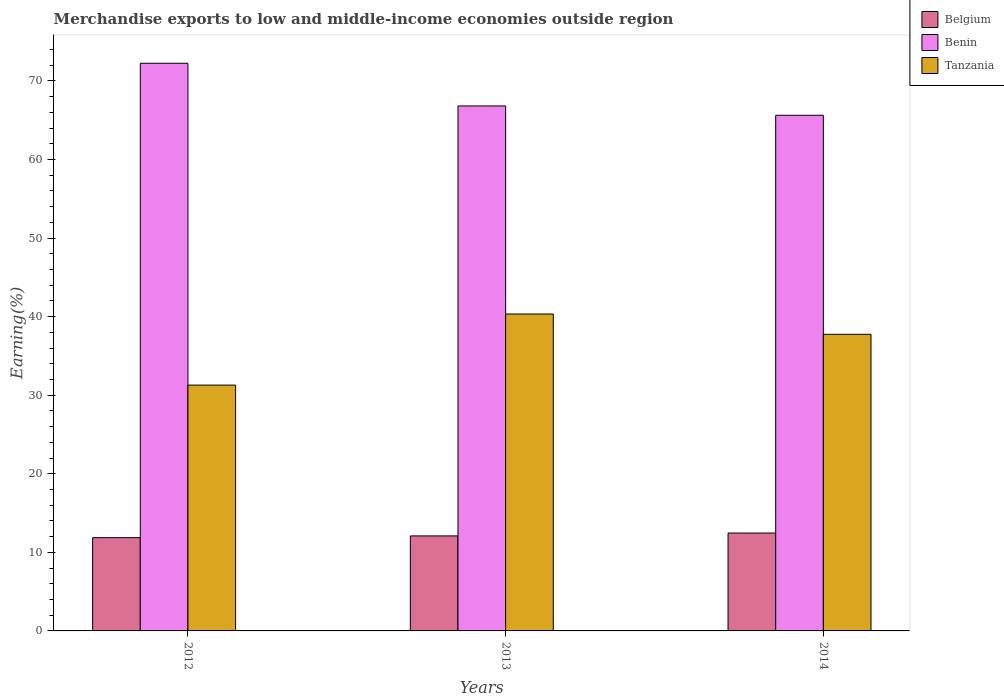
| Years | Belgium | Benin | Tanzania |
 | --- | --- | --- | --- |
 | 2012 | 11.9 | 72.2 | 31.3 |
 | 2013 | 12.1 | 66.8 | 40.3 |
 | 2014 | 12.5 | 65.6 | 37.7 |